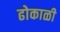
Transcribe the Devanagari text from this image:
ढोकाळी